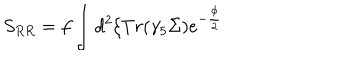
S _ { R R } = f \int d ^ { 2 } \xi T r ( \gamma _ { 5 } \Sigma ) e ^ { - \frac { \phi } { 2 } }